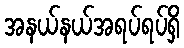
အနယ်နယ်အရပ်ရပ်ရှိ